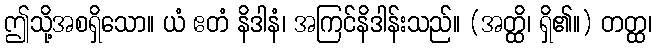
ဤသို့အစရှိသော။ ယံ ဧတံ နိဒါနံ၊ အကြင်နိဒါန်းသည်။ (အတ္ထိ၊ ရှိ၏။) တတ္ထ၊